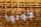
كونوا